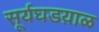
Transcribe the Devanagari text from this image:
सूर्यघडय़ाळ